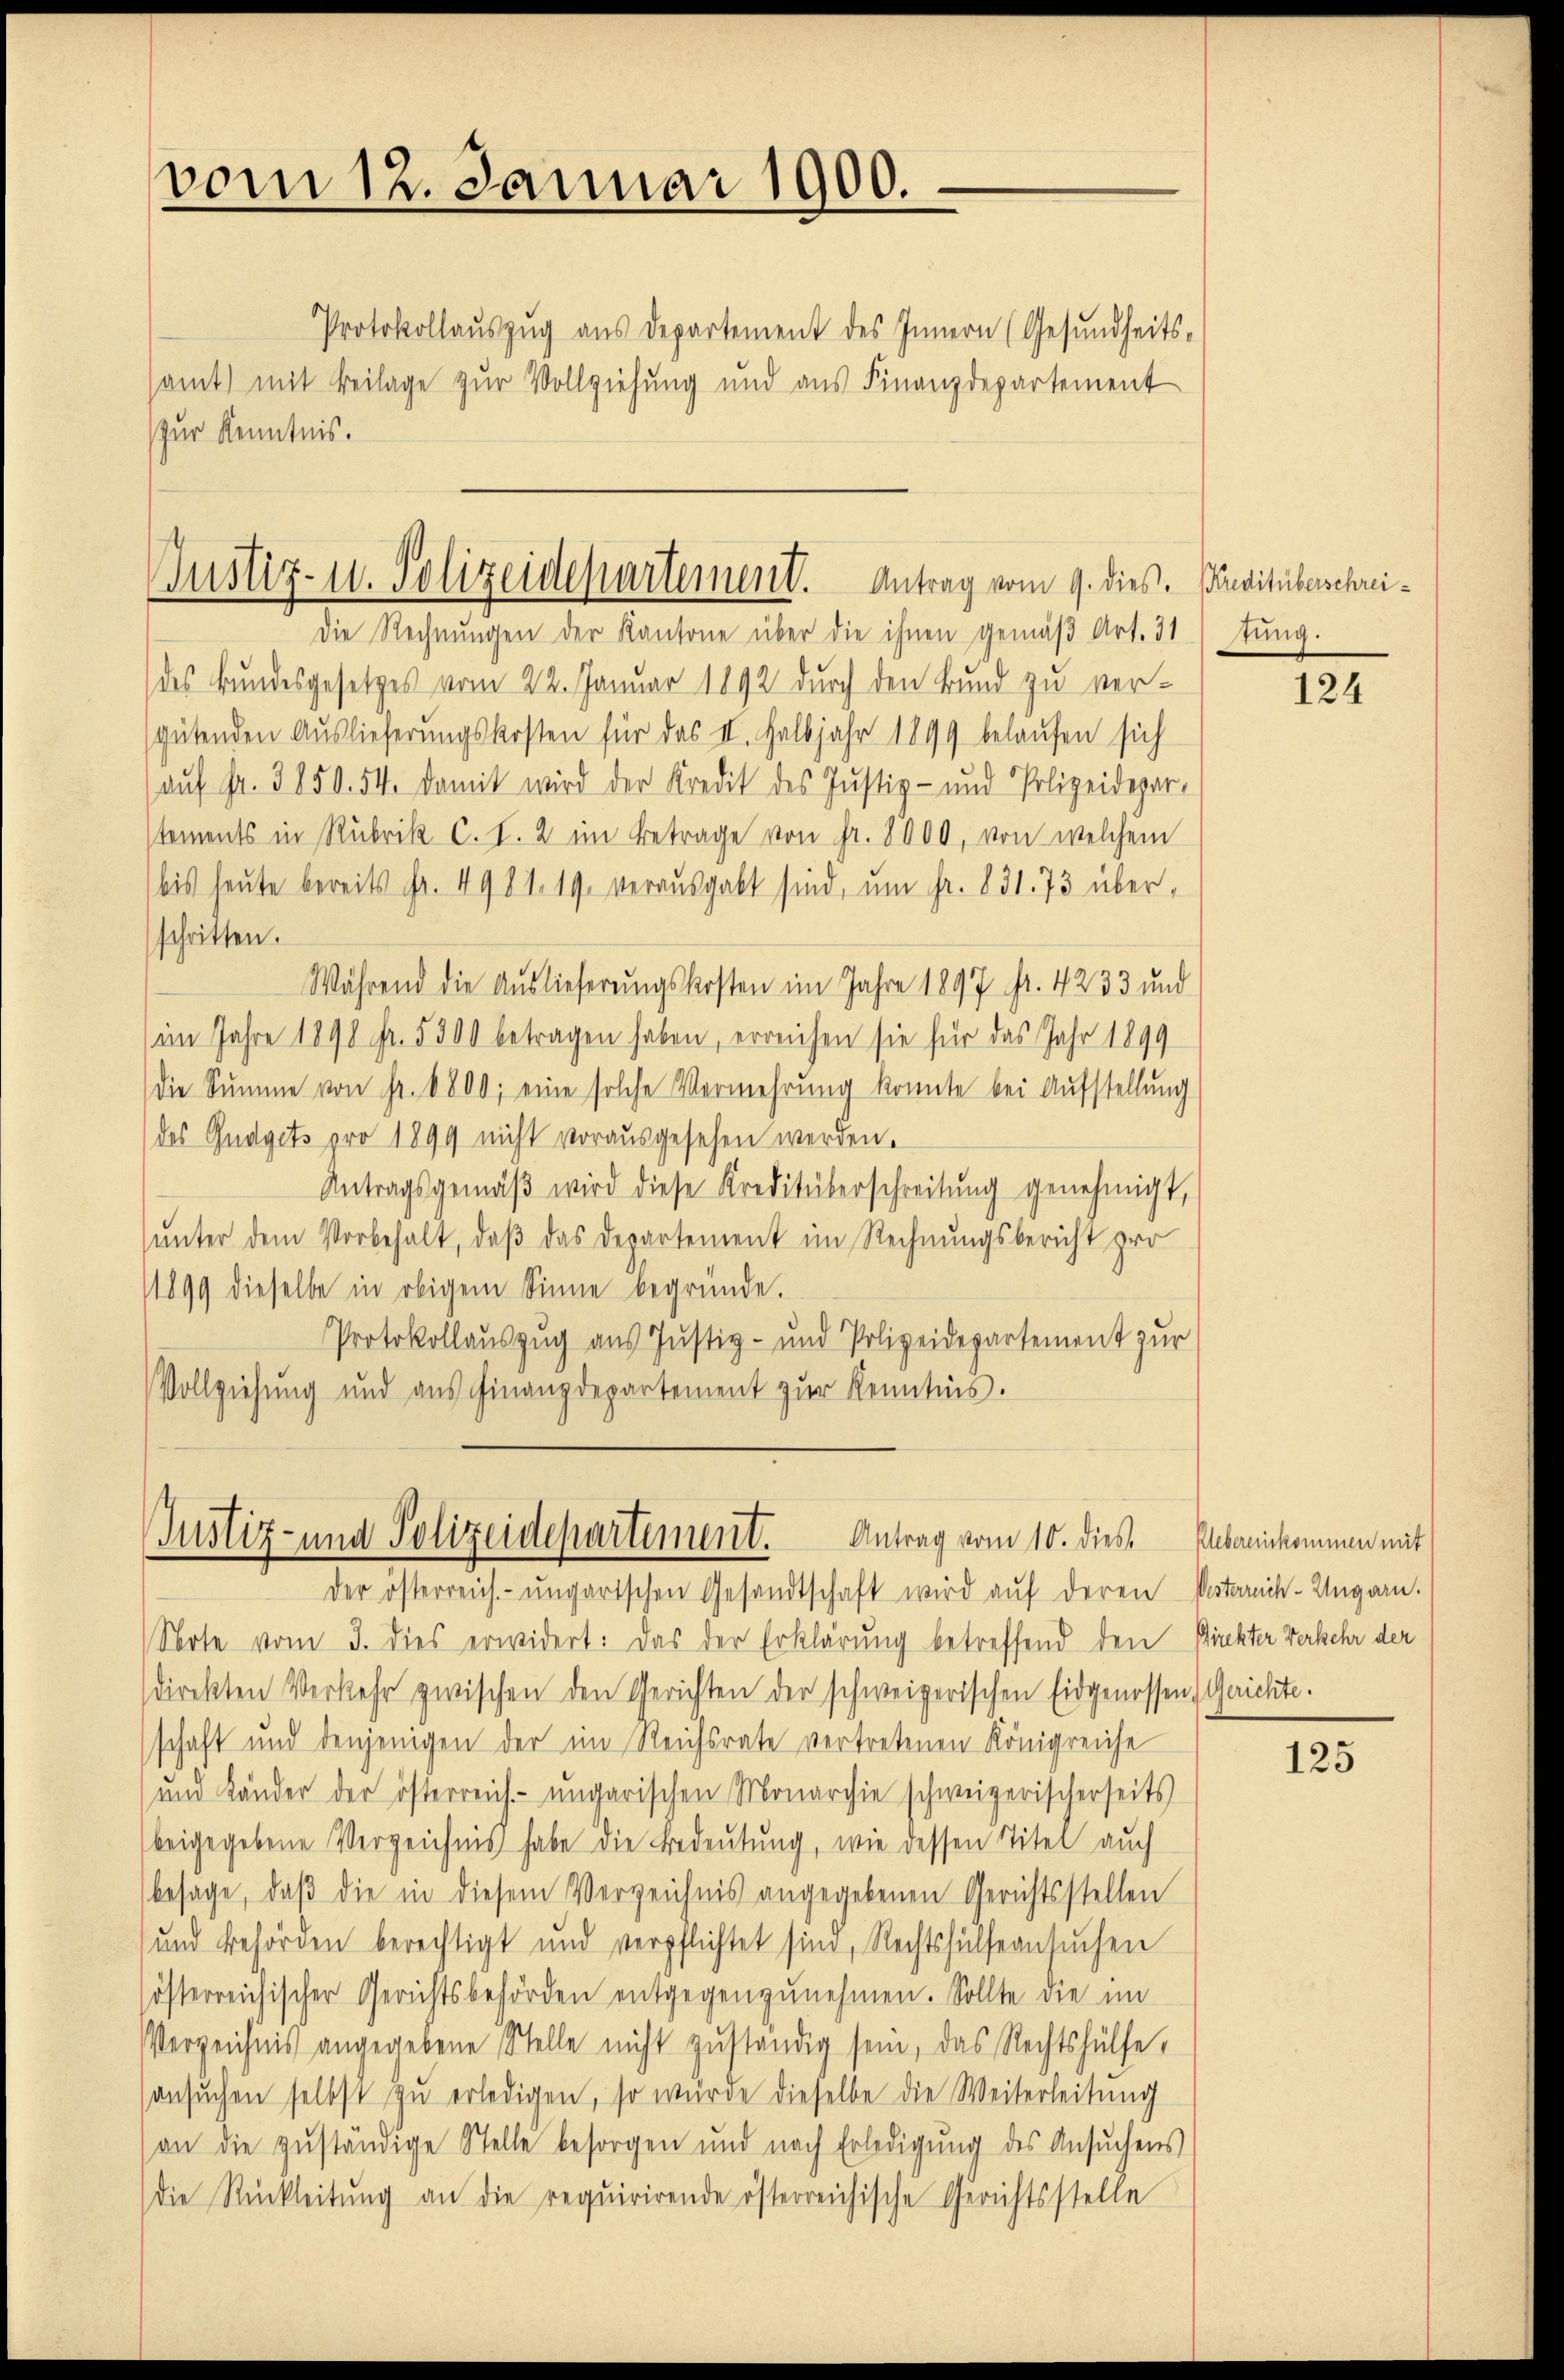
vom 12. Januar 1900.

Protokollauszug aus Departement des Innern (Gesundheits-
samt mit Beilage zur Vollziehung und aus Finanzdepartement
(zur Kenntnis.

Justiz- u. Polizeidepartement. Antrag vom 9. dies. Preditüberschrei¬

Die Rechnungen der Kantone über die ihnen gemäß Art. 31
des Bundesgesetzes vom 22. Januar 1892 durch den Bund zu versgütenden Auslieferungskosten für das II. Halbjahr 1899 belaufen sich
auf Fr. 3850. 54. damit wird der Kredit des Justiz- und Polizeidepar-
stements in Rubrik c. I. 2 im Betrage von fr. 8000, von welchem
bis heute bereits Fr. 4981. 19. verausgabt sind, um fr. 831. 73 über,
schritten.
Während die Auslieferungskosten im Jahre 1897 Fr. 4233 und
(im Jahre 1890 fr. 5300 betragen haben, erreichen sie für das Jahr 1899
die Summe von Fr. 1800; eine solche Vermehrung konnte bei Aufstellung
des Gudgets pro 1899 nicht vorausgesehen werden.
Antragsgemäβ wird diese Kreditüberschreitŭng genehmigt,
unter dem Vorbehalt, daß das Departement im Rechnungsbericht pro
1899 dieselbe in obigem Sinne begründe.
Protokollauszug aus Justiz- und Polizeidepartement zur
Vollziehung und aus Finanzdepartement zŭr Kenntnis.

Justiz- und Polizeidepartement. Antrag vom 10. dies

der österreich-ungarischen Gesandtschaft wird auf deren Postarch-Ungarn.

Sorte vom 3. dies erwidert: Das der Erklärung betreffend den Direkter Verkehr der
direkten Verkehr zwischen den Gerichten der schweizerischen Eidgenossen, Gerichte.
schaft und denjenigen der im Reichsrate vertretenen Königreiche
und Känder der österreich-ungarischen Monarchie schweizerischerseits
beigegebene Verzeichnis habe die Bedeutung, wie dessen Titel auch
besage, daß die in diesem Verzeichnis angegebenen Gerichtsstellen
und Behörden berechtigt und verpflichtet sind, Rechtshülfe ansuchen
österreichischer Gerichtsbehörden entgegenzŭnehmen. Sollte die im
Verzeichnis angegebene Stelle nicht zŭständig sein, das Rechtshülfe,
ansŭchen selbst zŭ erledigen, so würde dieselbe die Weiterleitung
(an die zuständige Stelle besorgen und nach Erledigung des Ansŭchens
die Rückleitŭng an die requirirende österreichische Gerichtsstelle

tung.

124

Plebereinkommen mit

125